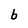
Character: b